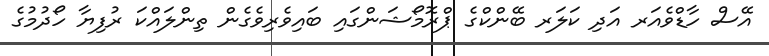
އޭސް ހާޑްވެއަރ އަދި ކަލަރ ބޭންކްގެ ޕްރޮމޯޝަންގައި ބައިވެރިވެގެން ތިންލައްކަ ރުފިޔާ ހޯދުމުގެ